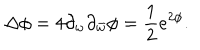
\Delta \phi = 4 \partial _ { w } \partial _ { \bar { w } } \phi = { \frac { 1 } { 2 } } e ^ { 2 \phi } .